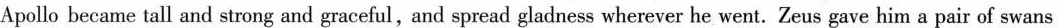
Apollo became tall and strong and graceful,and spread gladness wherever he went. Zeus gave him a pair of swans